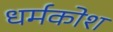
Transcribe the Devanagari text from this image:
धर्मकोश